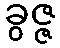
ခွဇ္ဇ